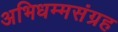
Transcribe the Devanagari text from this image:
अभिधम्मसंग्रह